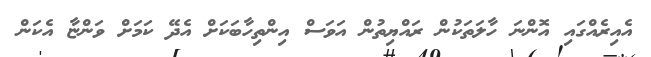
އެއިރެއްގައި އޮންނަ ހާލަތަކުން ރައްޔިތުން އަވަސް އިންތިހާބަކަށް އެދޭ ކަމަށް ވަންޏާ އެކަން